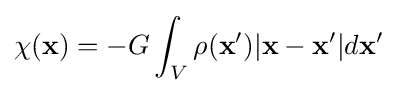
\chi (\mathbf {x} )=-G\int _{V}\rho (\mathbf {x'} )|\mathbf {x} -\mathbf {x'} |d\mathbf {x'}